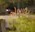
એબાઉટ